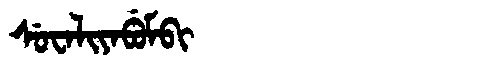
Manchu: ᠰᡠᠸᠠᠯᡳᠶᠠᠪᡠᠮᠪᡳ
Romanization: SUWALIYABUMBI